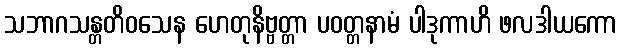
သဘာဂသန္တတိဝသေန ဟေတုနိဗ္ဗတ္တာ ပဝတ္တနာမံ ပါဒုကာဟိ ဖလဒါယကော